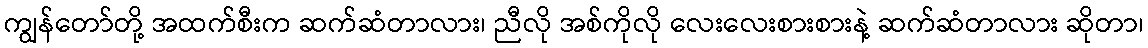
ကျွန်တော်တို့ အထက်စီးက ဆက်ဆံတာလား၊ ညီလို အစ်ကိုလို လေးလေးစားစားနဲ့ ဆက်ဆံတာလား ဆိုတာ၊